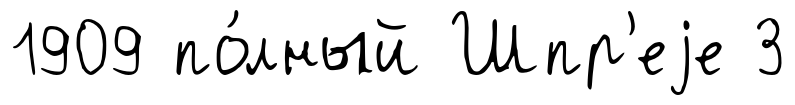
1909 по́лный Шпр'еjе 3